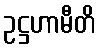
ဥဋ္ဌဟာမီတိ